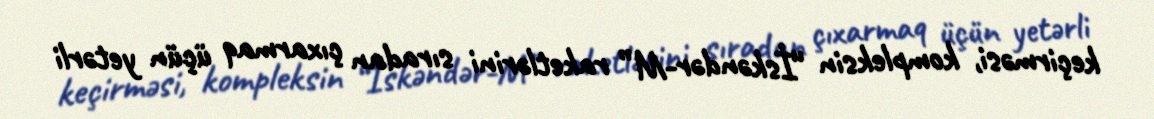
keçirməsi, kompleksin “İskəndər-M” raketlərini sıradan çıxarmaq üçün yetərli